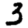
Digit: 3